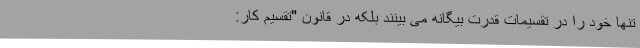
تنها خود را در تقسیمات قدرت بیگانه می بینند بلکه در قانون "تقسیم کار: